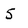
Character: 5